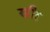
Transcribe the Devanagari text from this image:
खीर